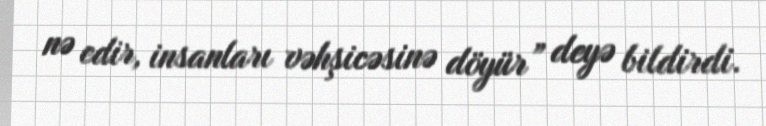
nə edir, insanları vəhşicəsinə döyür” deyə bildirdi.